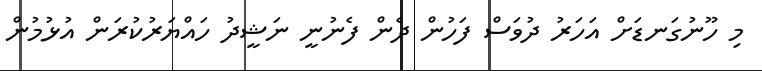
މި ހޫނުގަނޑަށް އަހަރު ދުވަސް ފަހުން ދެން ފެނުނީ ނަޝީދު ހައްޔަރުކުރަން އުޅުމުން